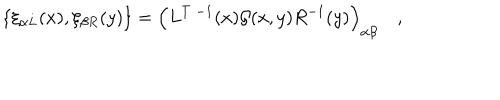
\{ \xi _ { \alpha L } ( x ) , \xi _ { \beta R } ( y ) \} = \Bigl ( L ^ { T \; - 1 } ( x ) { \cal G } ( x , y ) R ^ { - 1 } ( y ) \Bigr ) _ { \alpha \beta } \quad ,